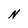
Character: N